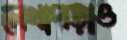
লেখাপড়াও